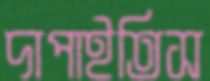
দাপাইতিস